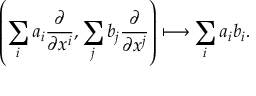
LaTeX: \left( \sum _ { i } a _ { i } { \frac { \partial } { \partial x ^ { i } } } , \sum _ { j } b _ { j } { \frac { \partial } { \partial x ^ { j } } } \right) \longmapsto \sum _ { i } a _ { i } b _ { i } .